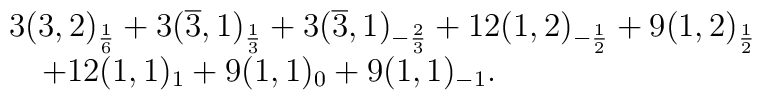
\begin{array}{l}3(3,2)_{\frac{1}{6}}+3(\overline{3},1)_{\frac{1}{3}}+3(\overline{3},1)_{-\frac{2}{3}}+12(1,2)_{-\frac{1}{2}}+9(1,2)_{\frac{1}{2}}\\\ \ \ +12(1,1)_1+9(1,1)_0+9(1,1)_{-1}.\end{array}